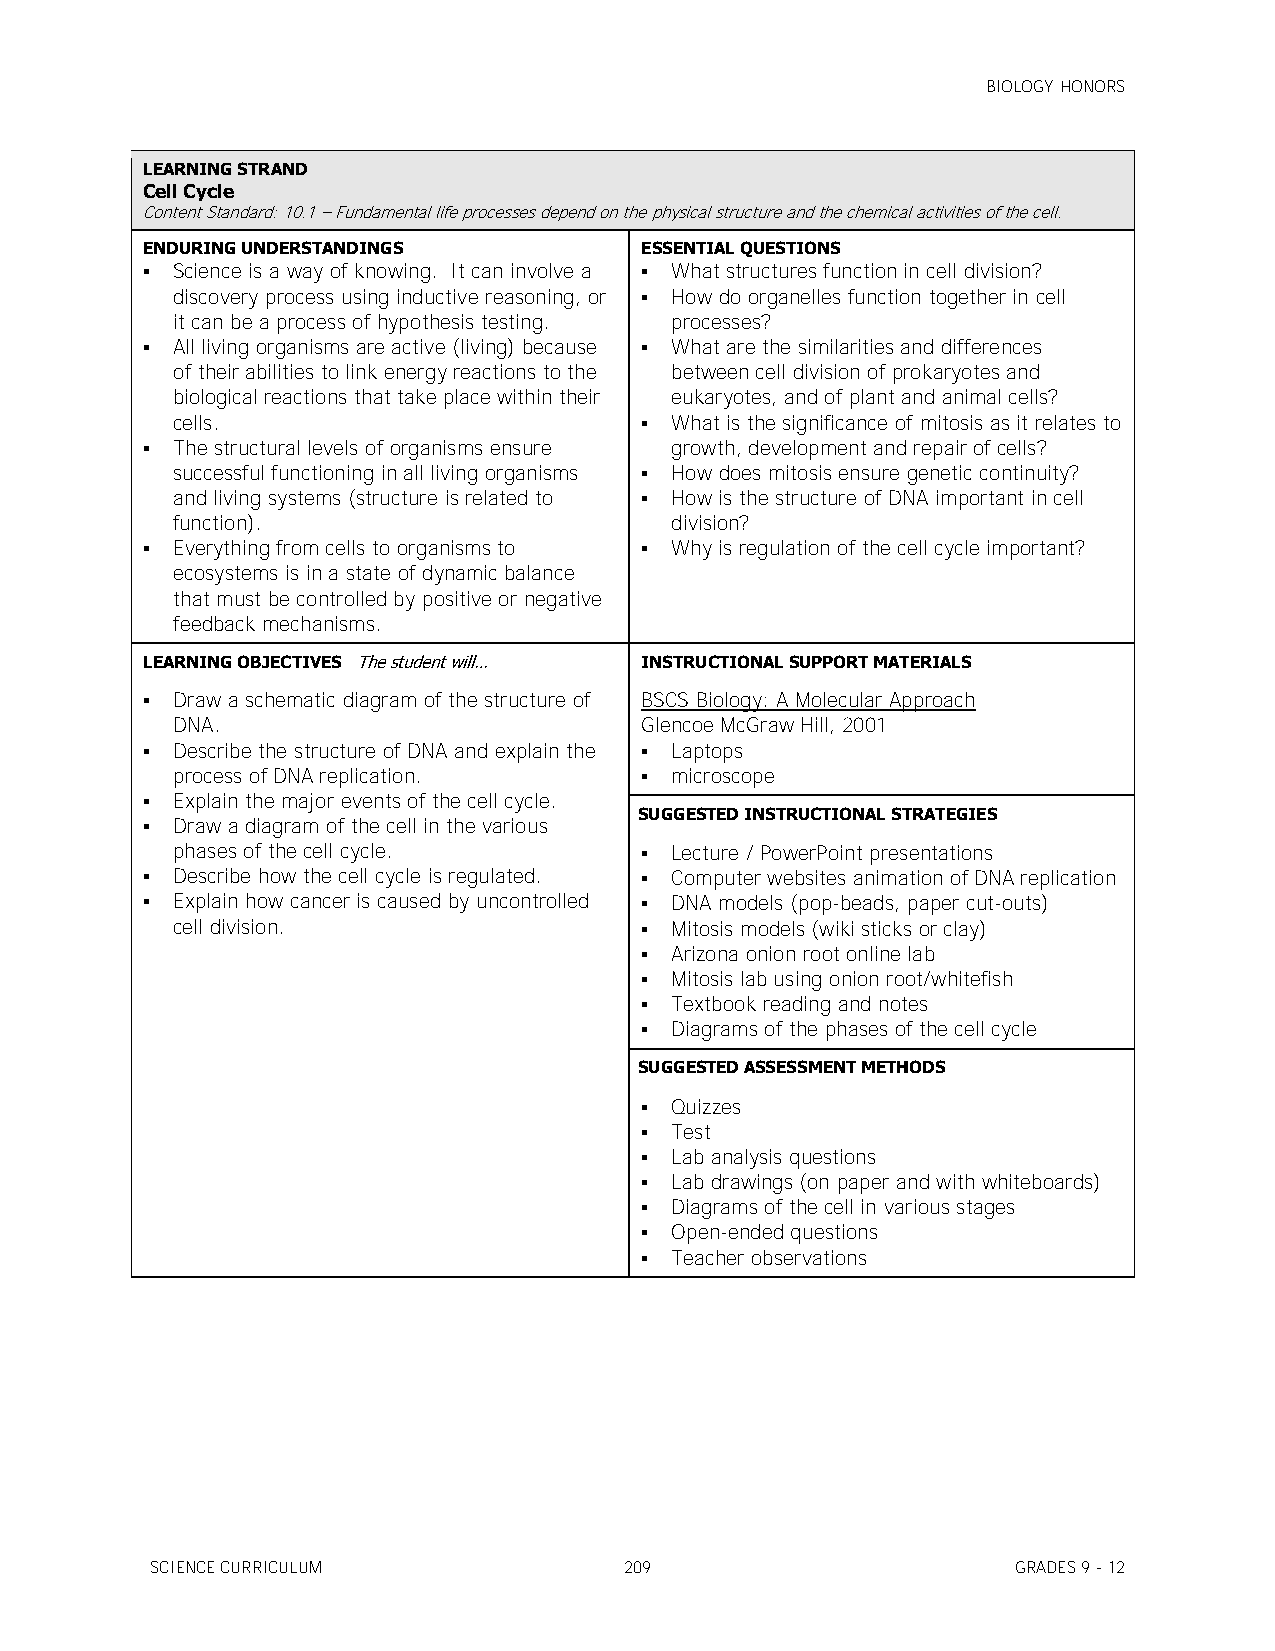
BIOLOGY HONORS
 LEARNING STRAND
 Cell Cycle
 Content Standard: 10.1 – Fundamental life processes depend on the physical structure and the chemical activities of the cell.
 ENDURING UNDERSTANDINGS          ESSENTIAL QUESTIONS
  Science is a way of knowing. It can involve a  What structures function in cell division?
 discovery process using inductive reasoning, or  How do organelles function together in cell
 it can be a process of hypothesis testing. processes?
  All living organisms are active (living) because  What are the similarities and differences
 of their abilities to link energy reactions to the between cell division of prokaryotes and
 biological reactions that take place within their eukaryotes, and of plant and animal cells?
 cells.                          What is the significance of mitosis as it relates to
  The structural levels of organisms ensure growth, development and repair of cells?
 successful functioning in all living organisms  How does mitosis ensure genetic continuity?
 and living systems (structure is related to  How is the structure of DNA important in cell
 function).                       division?
  Everything from cells to organisms to  Why is regulation of the cell cycle important?
 ecosystems is in a state of dynamic balance
 that must be controlled by positive or negative
 feedback mechanisms.
 LEARNING OBJECTIVES The student will… INSTRUCTIONAL SUPPORT MATERIALS
  Draw a schematic diagram of the structure of BSCS Biology: A Molecular Approach
 DNA.                           Glencoe McGraw Hill, 2001
  Describe the structure of DNA and explain the  Laptops
 process of DNA replication.     microscope
  Explain the major events of the cell cycle.
 SUGGESTED INSTRUCTIONAL STRATEGIES
  Draw a diagram of the cell in the various
 phases of the cell cycle.       Lecture / PowerPoint presentations
  Describe how the cell cycle is regulated.  Computer websites animation of DNA replication
  Explain how cancer is caused by uncontrolled  DNA models (pop-beads, paper cut-outs)
 cell division.                  Mitosis models (wiki sticks or clay)
  Arizona onion root online lab
  Mitosis lab using onion root/whitefish
  Textbook reading and notes
  Diagrams of the phases of the cell cycle
 SUGGESTED ASSESSMENT METHODS
  Quizzes
  Test
  Lab analysis questions
  Lab drawings (on paper and with whiteboards)
  Diagrams of the cell in various stages
  Open-ended questions
  Teacher observations
 SCIENCE CURRICULUM             209                       GRADES 9 - 12